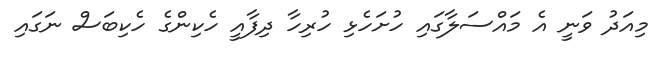
މިއަދު ވަނީ އެ މައްސަލާގައި ހުށަހެޅި ހުރިހާ ދިފާއީ ހެކިންގެ ހެކިބަސް ނަގައި